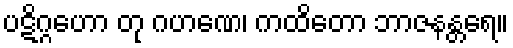
ပဋိဂ္ဂဟော တု ဂဟဏေ၊ ကထိတော ဘာဇနန္တရေ။